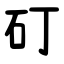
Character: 矴